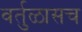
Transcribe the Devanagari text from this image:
वर्तुळासच